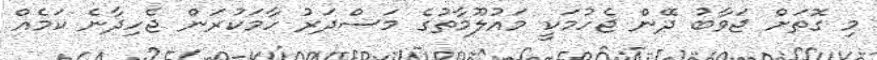
މި ގޮތަށް ޖަވާބު ދޭން ޖެހުމަކީ މައުލޫމާތުގެ މަސްދަރު ހާމަކުރަން ޖެހިދާނެ ކަމެއް